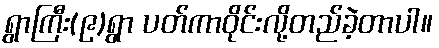
ရွာကြီး(၉)ရွာ ပတ်ကာဝိုင်းလို့တည်ခဲ့တာပါ။